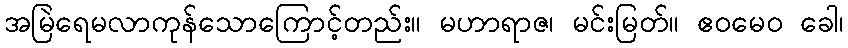
အမြဲရေမလာကုန်သောကြောင့်တည်း။ မဟာရာဇ၊ မင်းမြတ်။ ဧဝမေဝ ခေါ၊